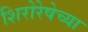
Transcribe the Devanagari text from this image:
शिरोरेषेच्या